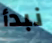
نبدأ